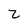
Character: Z